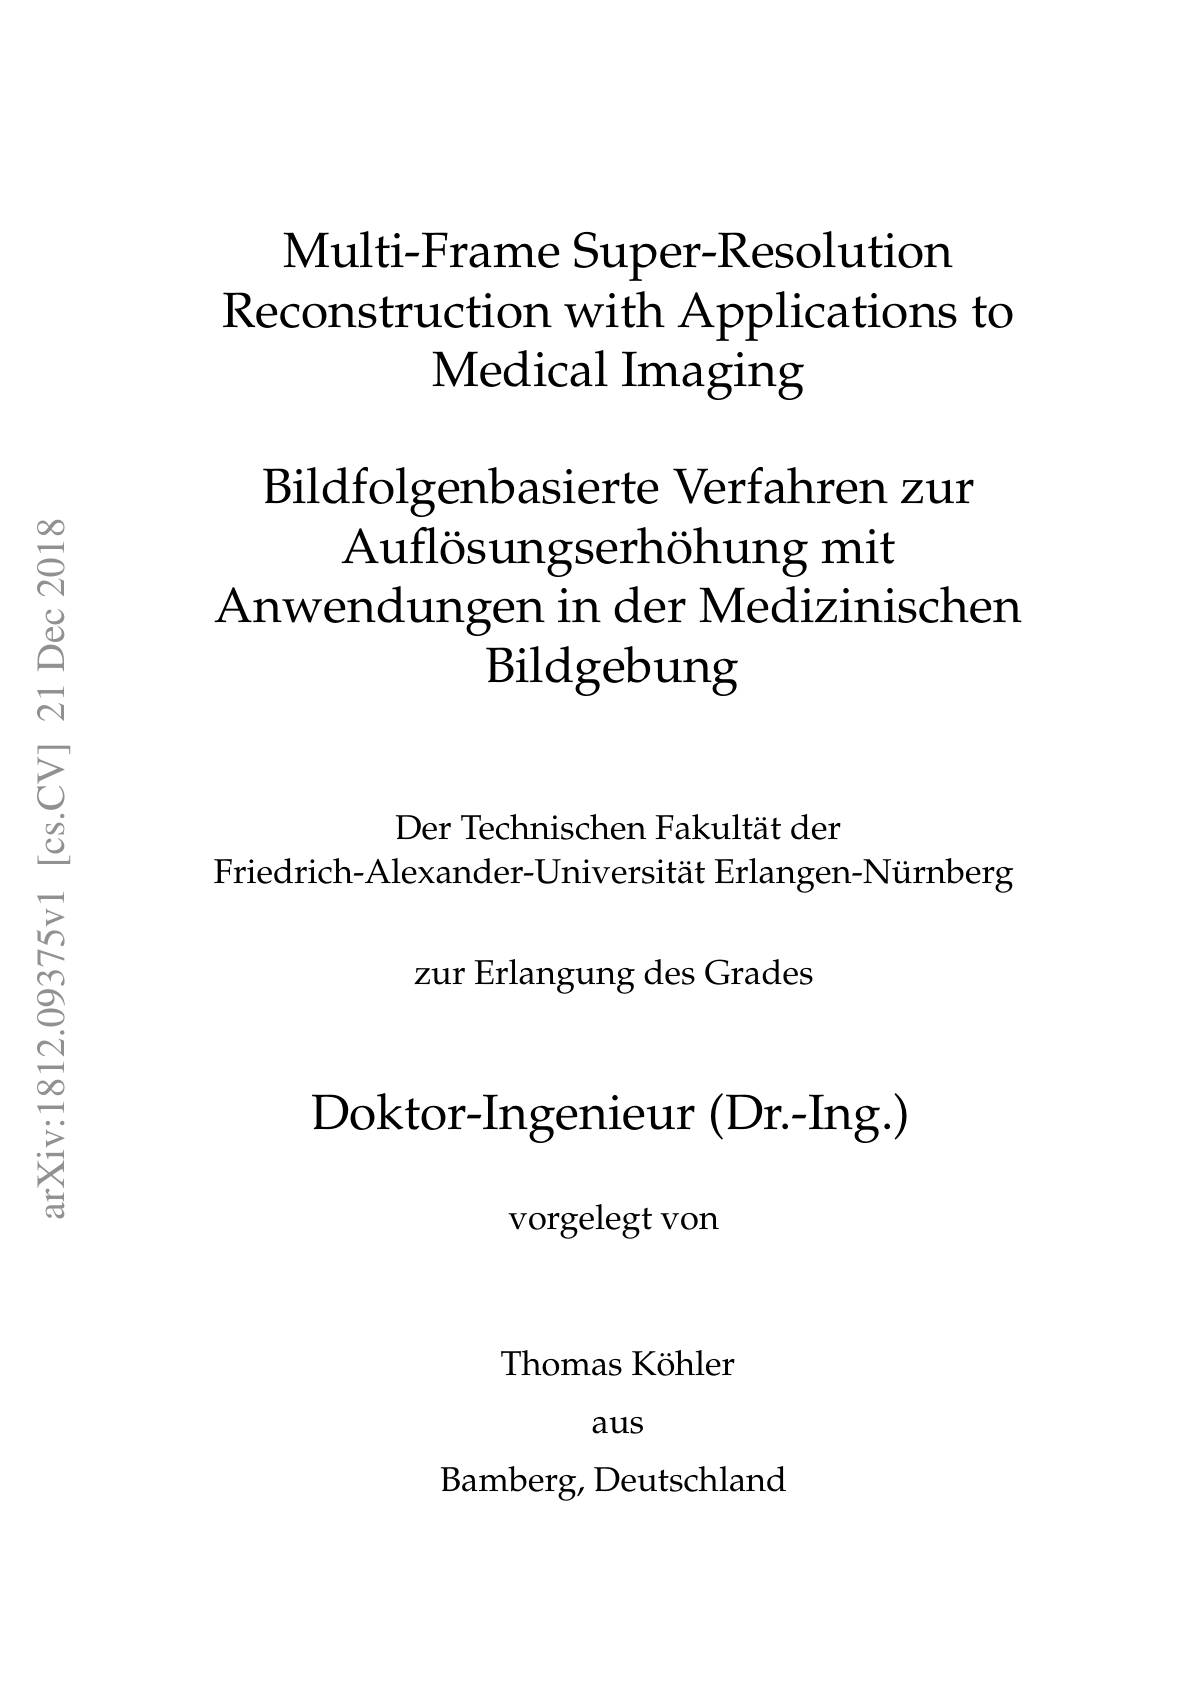
### $\textbf{Multi- Frame Super- Resolution}$ $\operatorname{Reconstruction}$ with Applications to $\textbf{Medical Imaging}$

$\operatorname{Bildfolgenbasierte}$ Verfahren zur
$\operatorname{Aufl\text{\"{o}sungserh\"{o}hungmit}}$
Anwendungen in der Medizinischen
$\operatorname{Bildgebung}$

Der Technischen Fakultät der
Friedrich-Alexander-Universität Erlangen-Nürnberg

zur Erlangung des Grades

### $\operatorname{\text{Doktor-Ingenieur }}($Dr.-Ing.)

vorgelegt von

Thomas Köhler

aus

$\operatorname{Bamberg,\text{ Deutschland}}$